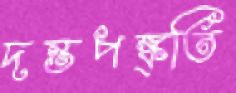
দন্তপঙ্ক্তি